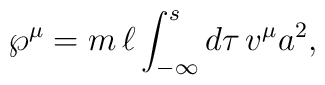
{\wp}^\mu=m\,\ell\int_{-\infty}^{ s} d\tau\, v^\mu a^2,